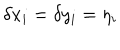
\delta x _ { i } = \delta y _ { i } = \eta _ { i }